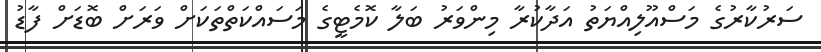
ސަރުކާރުގެ މަސްއޫލިއްޔަތު އަދާކުރާ މިންވަރު ބަލާ ކޮމެޓީގެ މަސައްކަތްތަކަށް ވަރަށް ބޮޑަށް ފާޑު